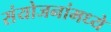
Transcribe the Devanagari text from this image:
संयोजनांमध्ये